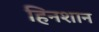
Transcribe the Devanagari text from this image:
हिनशान